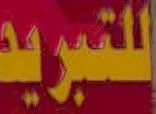
للتبريد